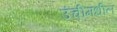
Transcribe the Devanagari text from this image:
उंचीमधील